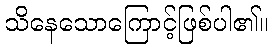
သိနေသောကြောင့်ဖြစ်ပါ၏။